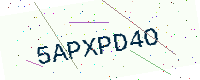
Text: 5APXPD4O